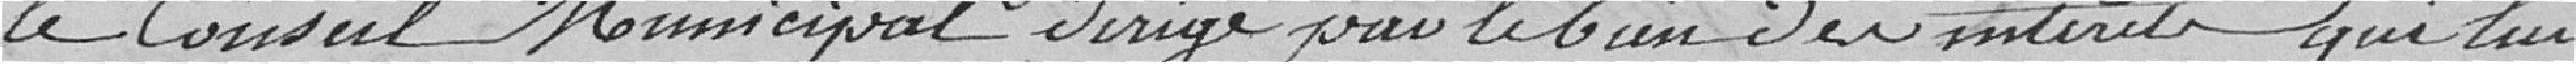
le Conseil Municipal dirigé pour le bien des intérêts qui lui